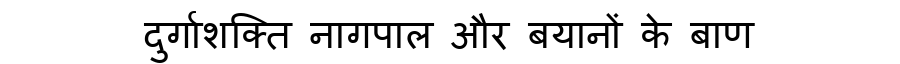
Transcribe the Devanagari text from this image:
दुर्गाशक्ति नागपाल और बयानों के बाण